On the action of the venoms of the cobra (Naja tripudians) and of the daboia (Daboia russellii) on the red blood corpuscles and on the blood plasma - Number 4
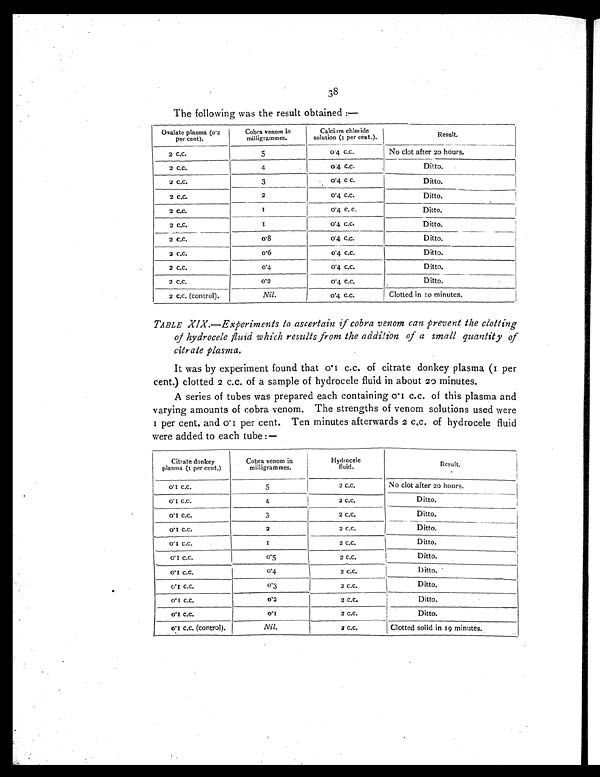
38
The following was the result obtained :—
Oxalate plasma (0.2
per cent).
Cobra venom in
milligrammes.
Calcium chloride
solution (1 per cent. ).
Result.
2 c . c .
5
0 . 4 c . c .
No clot after 20 hours.
2 c . c .
4
0.4 c.c.
Ditto.
2 c.c.
3
0 . 4 c c .
Ditto.
2 c.c.
2
0 . 4 c . c .
Ditto.
2 c.c.
1
0.4 c.c.
Ditto.
2 c . c .
1 0.4 c.c.
Ditto.
2 c.c.
0 . 8 0 . 4 c . c .
Ditto.
2 c.c.
0.6
0 . 4 c . c .
Ditto.
2 c.c.
0.4
0 . 4 c . c .
Ditto.
2 c.c.
0.2
0 . 4 c . c .
Ditto.
2 c.c. (control).
Nil.
0.4 c.c.
Cl ot t e d i n 10 mi nut e s .
TABLE XIX.—Experiments to ascertain if cobra venom can prevent the clotting
of hydrocele fluid which results from the addition of a small quantity of
citrate plasma.
It was by experiment found that 0.1 c.c. of citrate donkey plasma (1 per
cent.) clotted 2 c.c. of a sample of hydrocele fluid in about 20 minutes.
A series of tubes was prepared each containing 0.1 c.c. of this plasma and
varying amounts of cobra venom. The strengths of venom solutions used were
i per cent. and 0.1 per cent. Ten minutes afterwards 2 c.c. of hydrocele fluid
were added to each tube :—
Citrate donkey
plasma (1 per cent.)
Cobra venom in
milligrammes.
Hydrocele
fluid.
Result.
0 . 1 c . c .
5
2 c.c.
No clot after 20 hours.
0 . 1 c . c .
4
2 c.c.
Ditto.
0 . 1 c . c .
3
2 c.c.
Ditto.
0.1 c.c.
2
2 c.c.
Ditto.
0 . 1 c . c .
1 2 c.c.
Ditto.
0.1 c.c.
0.5
2 c.c.
Ditto.
0.1 c.c.
0.4
2 c.c.
Ditto.
0 . 1 c . c .
0.3
2 c.c.
Ditto.
0 . 1 c . c .
0.2
2 c.c.
Ditto.
0 . 1 c . c .
0 . 1 2 c.c.
Ditto.
0. 1 c . c . ( c ont r ol ) .
Nil.
2 c.c.
Clotted solid in 19 minutes.